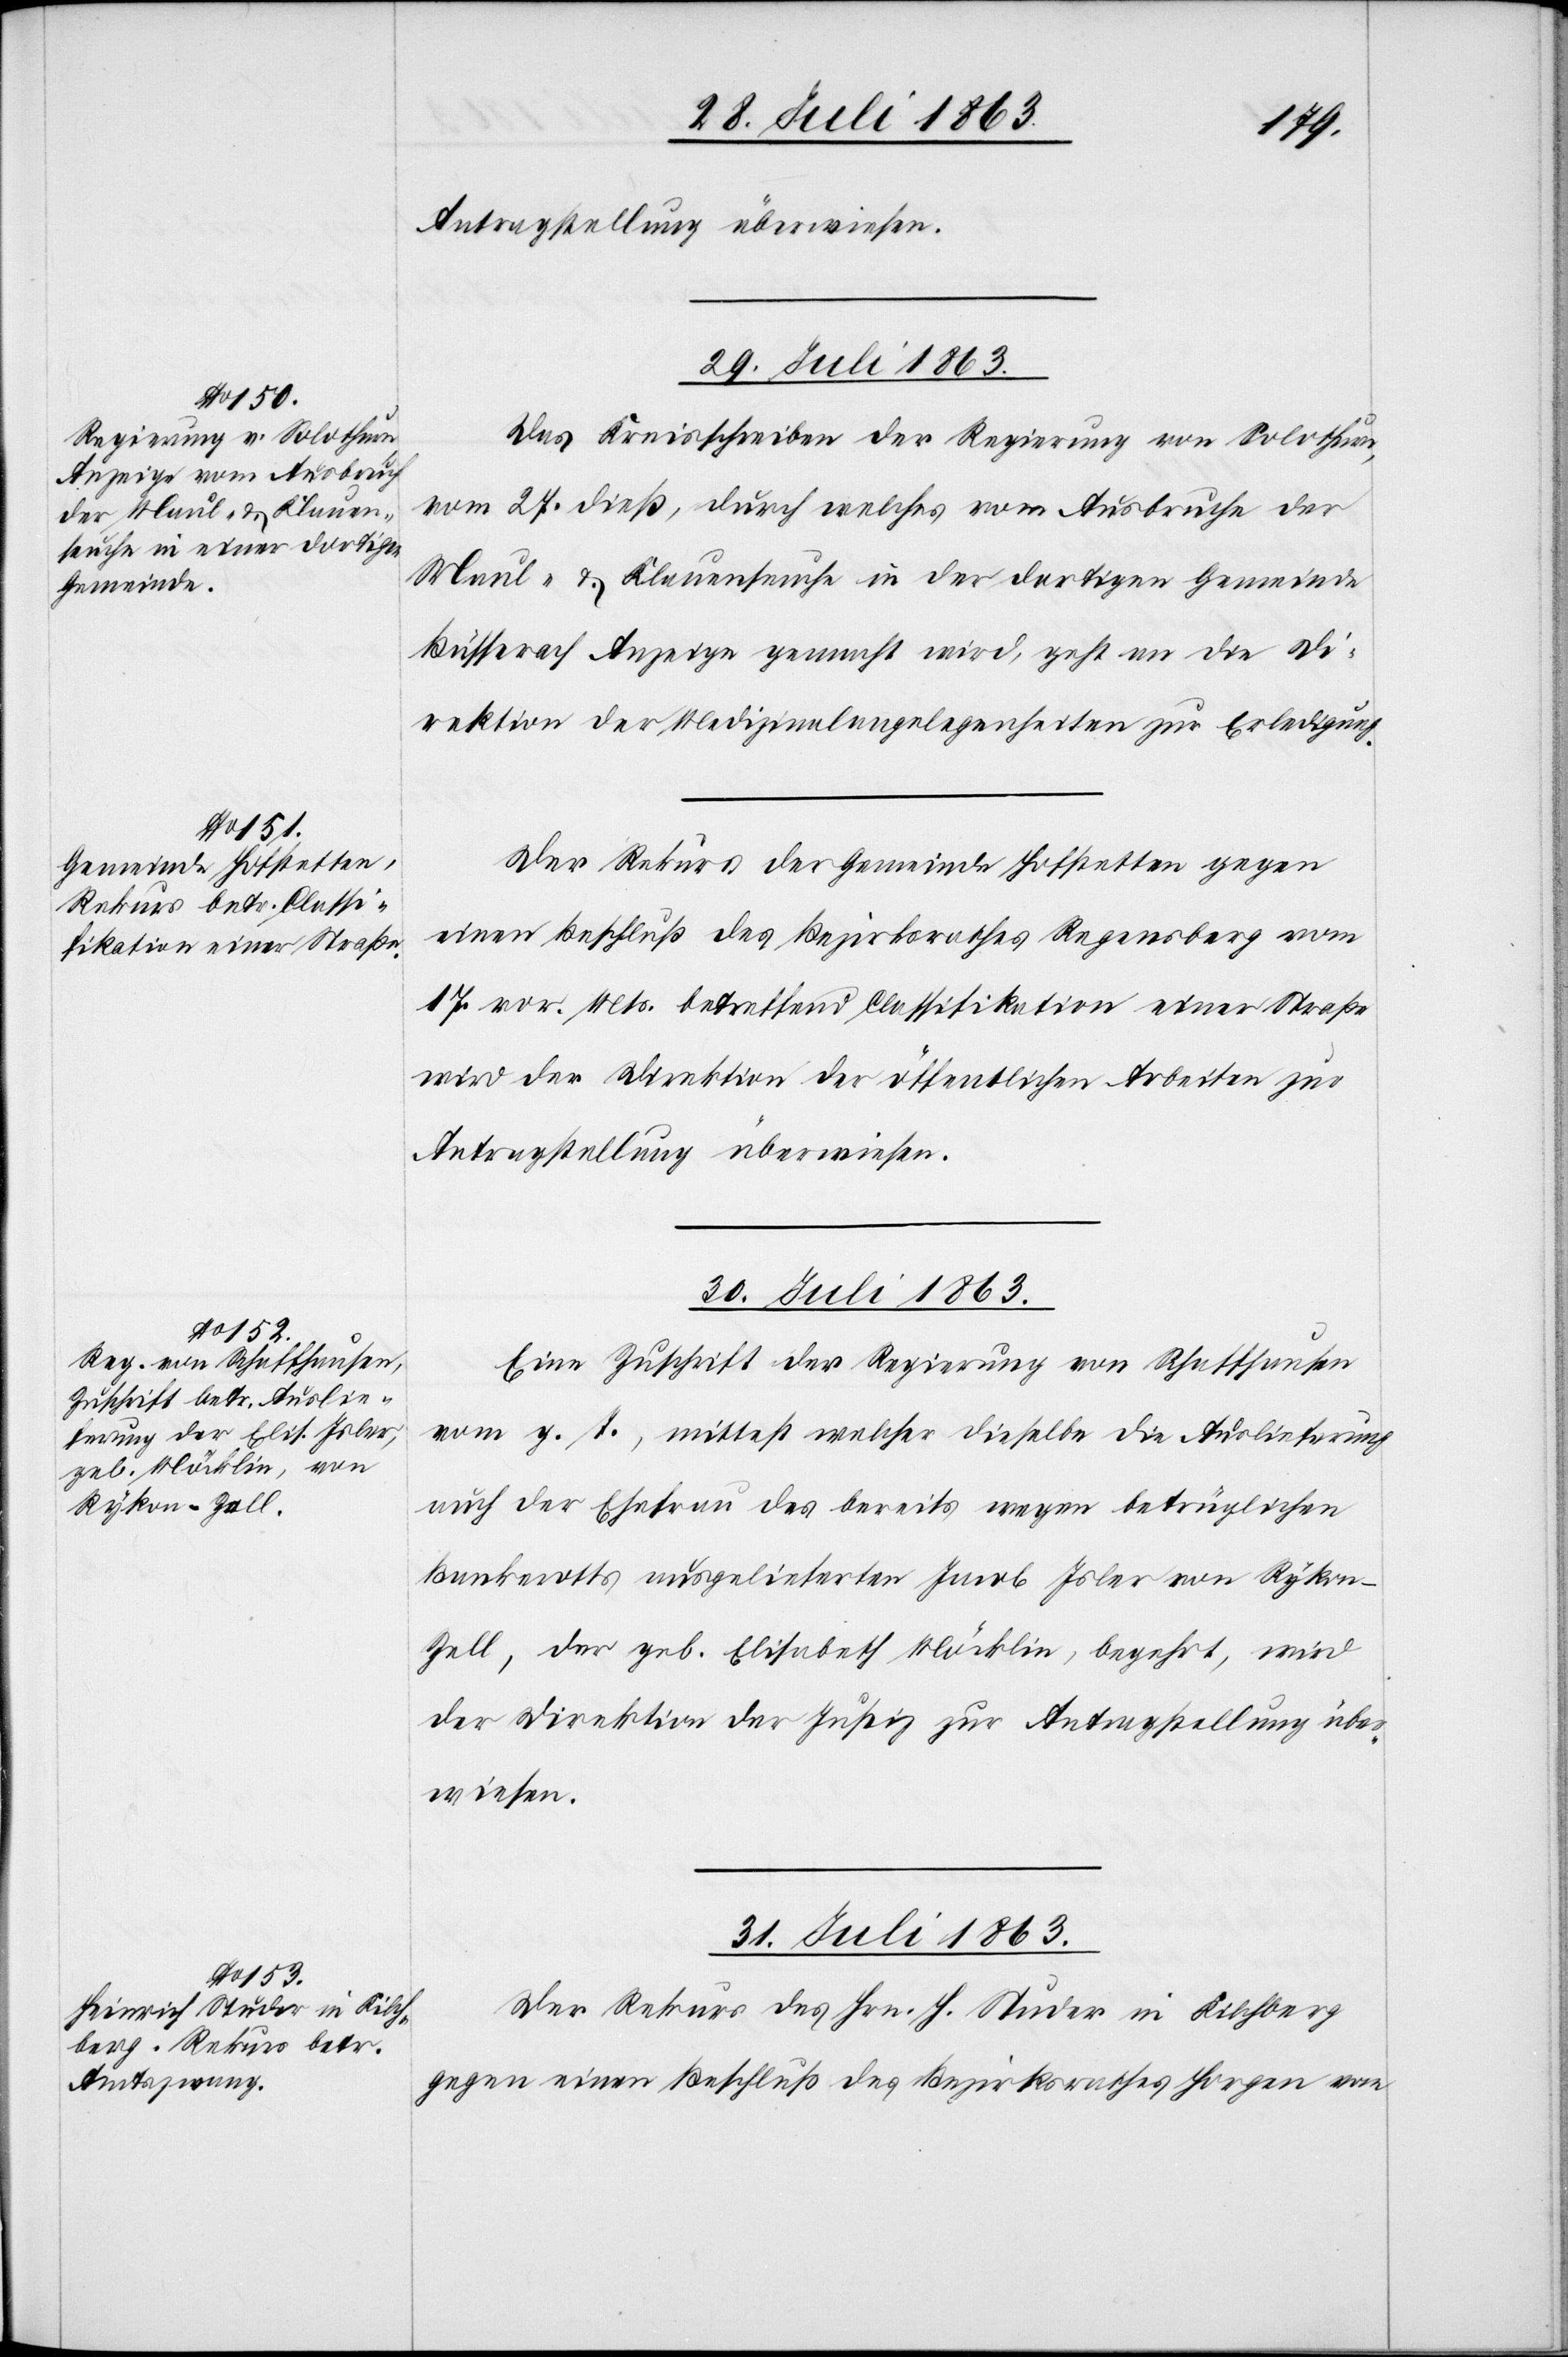
Antragstellung überwiesen.
29. Juli 1863.]
Das Kreisschreiben der Regierung von Solothurn,
vom 27. dieß, durch welches vom Ausbruche der
Maul- & Klauenseuche in der dortigen Gemeinde
Büsserach Anzeige gemacht wird, geht an die Di¬
rektion der Medizinalangelegenheiten zur Erledigung.
Der Rekurs der Gemeinde Hofstetten gegen
einen Beschluß des Bezirksrathes Regensberg vom
17. vor. Mts. betreffend Classifikation einer Straße
wird der Direktion der öffentlichen Arbeiten zur
Antragstellung überwiesen.
30. Juli 1863.
Eine Zuschrift der Regierung von Schaffhausen
vom g. T., mitte[l]st welcher dieselbe die Auslieferung
auch der Ehefrau des bereits wegen betrüglichen
Bankerotts ausgelieferten Jacob Isler von Rykon-Z¬
ell, der geb. Elisabeth Möcklin, begehrt, wird
der Direktion der Justiz zur Antragstellung über¬
wiesen.
31. Juli 1863.
Der Rekurs des Hrn. H. Studer in Kilchberg
gegen einen Beschluß des Bezirksrathes Horgen vom